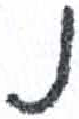
אות: נ